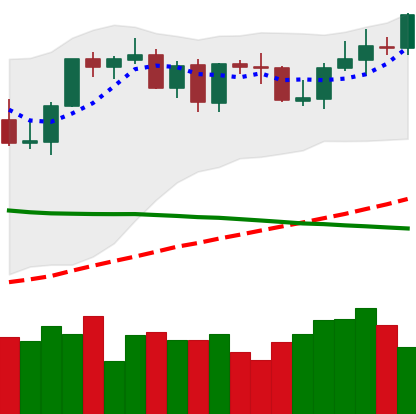
Ticker: BTC-USD
Chart end date: 2021-09-05
Forward return: -13.274%
Label: down_7plus